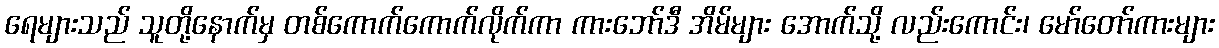
ရေများသည် သူတို့နောက်မှ တစ်ကောက်ကောက်လိုက်ကာ ကားဘော်ဒီ အိမ်များ အောက်သို့ လည်းကောင်း၊ မော်တော်ကားများ